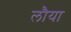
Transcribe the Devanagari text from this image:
लौया